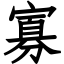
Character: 寡